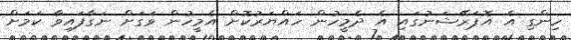
ހިންގި އެ އޮޕަރޭޝަނުގައި އެ ދެމީހުން ހައްޔަރުކޮށް އެމީހުން ވަގަށް ނަގާފައިވާ ކަމަށް